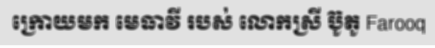
ក្រោយមក មេធាវី របស់ លោកស្រី ប៊ូតូ Farooq